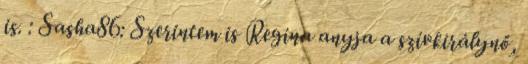
is. : Sasha86: Szerintem is Regina anyja a szívkirálynő,